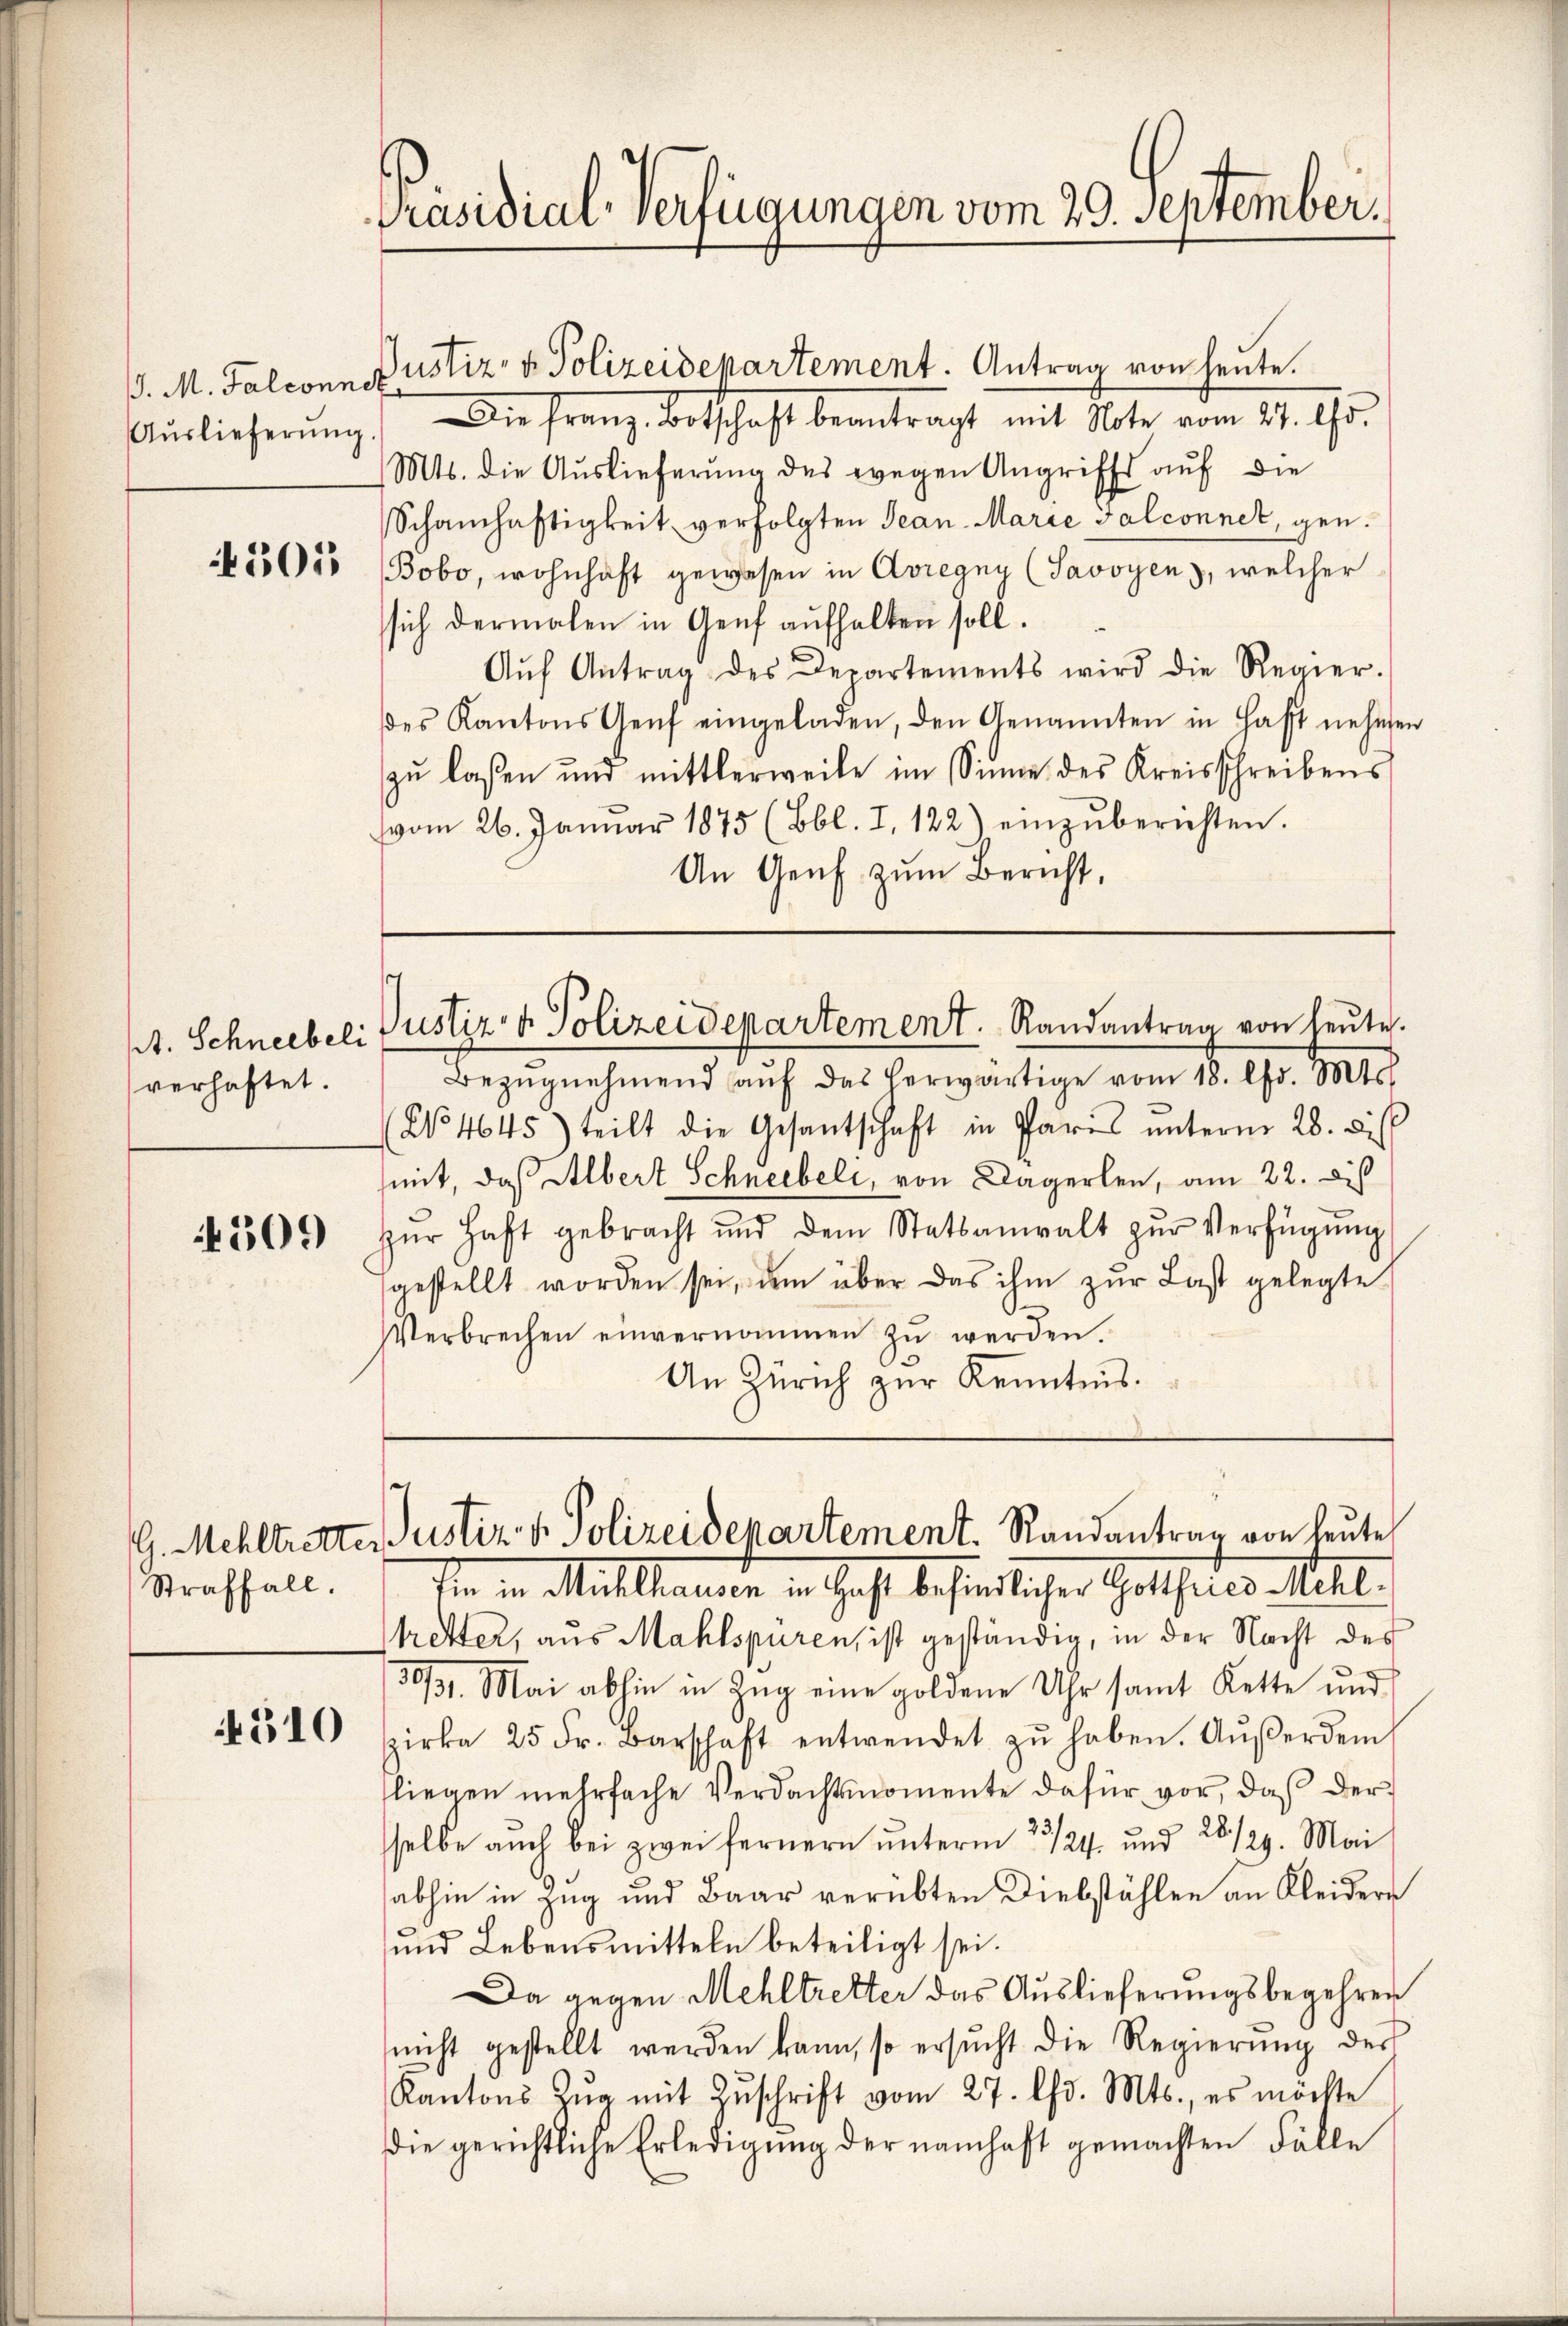
Auslieferŭng.

305

verhaftet.

309

G. Mehltrette
Straffall.

310

Präsidial-Verfügungen vom 29. September.

J. M. Falconnes ustiz- & Polizeidepartement. Antrag von heute.
Die Franz Botschaft beantragt mit Note vom 27. Aus
Mts. die Auslieferung des wegen Angriffs auf die
Schamhaftigkeit verfolgten Jean-Marie Falconnet, gen.
Bobo, wohnhaft gewesen in Avregny (Savoyen), welcher
sich dermalen in Genf aufhalten soll.
Aŭf Antrag des Departements wird die Regier-
es Kantons Genf eingeladen, den Genannten in Haft nehmen
zu lassen und mittlerweile im Sinne des Kreisschreibens
vom 26. Januar 1875 (Bbl. I, 122) einzuberichten.
An Genf zum Bericht,

st. Schneebeli Justiz- & Polizeidepartement. Randantrag von heute.

Bezŭgnehmend aŭf das herwärtige vom 18. Chr. Mts.
(No 4645) teilt die Gesantschaft in Paris ŭnterm 28. di
mit, daß Albert Schneebeli, von Dägerlen, am 22. diß
zŭr Haft gebracht und dem Statsanwalt zŭr Verfügŭng
gestellt worden sei, dem über das ihm zur Last gelegte
Verbrechen einvernommen zŭ werden.
An Zürich zŭr Kenntnis.

Justiz v. Polizeidepartement. Randantrag von heute

Ien in Mittheuere in Gast befindlicher Gotthales Mill.
tretter, aus Mahlspuren, ist geständig, in der Nacht des
303. Mai abhin in Zŭg eine goldene Uhr samt Kette und
irka 25 Fr. Barschaft entwendet zŭ haben. Aŭβerdem
liegen mehrfache Verdachtsmomente dafür vor, daß der
selbe auch bei zwei fernern unterm 23/24. und 28/29. Mai
abhin in Zug und Baar verübten Diebstählen an Kleidern
ŭnd Lebensmitteln beteiligt sei.
Da gegen Mehltretter das Auslieferungsbegehren
(nicht gestellt werden kann, so ersŭcht die Regierŭng des
Kantons Zŭg mit Zŭschrift vom 27. Chr. Mts., es möchte
die gerichtliche Erledigung der namhaft gemachten Fälle